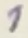
Text: 1